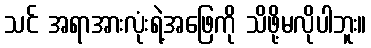
သင် အရာအားလုံးရဲ့အဖြေကို သိဖို့မလိုပါဘူး။